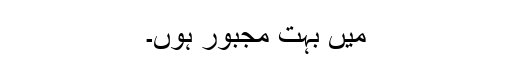
میں بہت مجبور ہوں۔